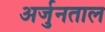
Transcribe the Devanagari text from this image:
अर्जुनताल